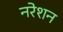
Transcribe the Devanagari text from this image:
नरेशन